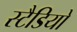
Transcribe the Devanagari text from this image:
स्टैडियो